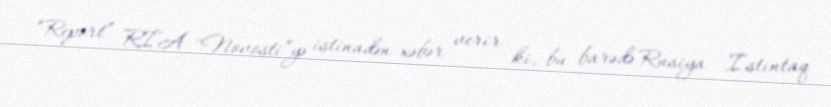
“Report” RİA "Novosti”yə istinadən xəbər verir ki, bu barədə Rusiya İstintaq